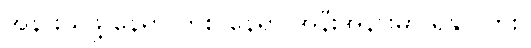
အနားယူဖို့ နေရာ တစ် နေရာ အနီးအနားမှာ ရှိနိုင်လား။